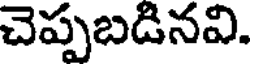
చెప్పబడినవి.